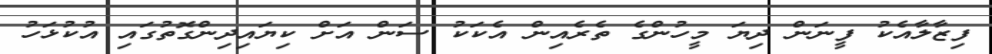
ފިޒާލާއެކު ފީނަން ދިޔަ މީހުންގެ ތެރެއިން އެކަކު ސަން އަށް ކިޔައިދިންގޮތުގައި އުކުޅަހު